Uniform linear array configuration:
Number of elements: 4
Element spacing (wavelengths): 0.5
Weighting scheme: cosine
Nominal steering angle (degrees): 15
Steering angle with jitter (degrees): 16.717
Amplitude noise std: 0.05
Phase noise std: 0.05

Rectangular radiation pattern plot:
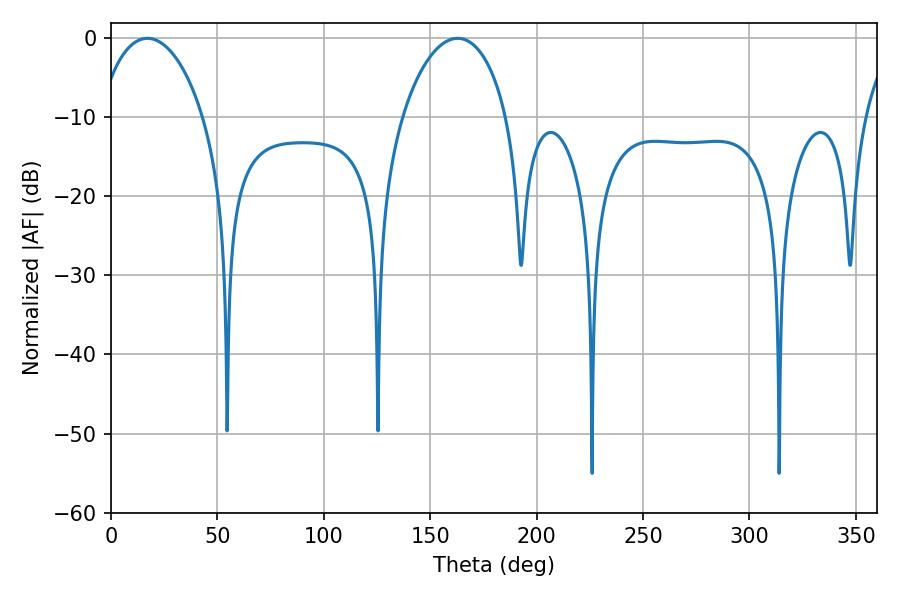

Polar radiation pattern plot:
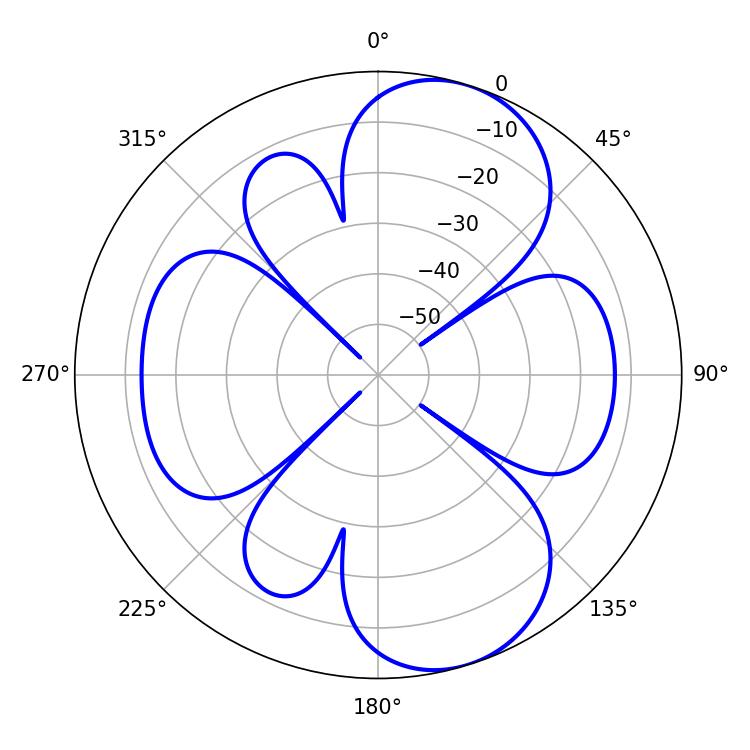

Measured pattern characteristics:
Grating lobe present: FALSE
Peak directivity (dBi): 8.548
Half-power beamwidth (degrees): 28.08
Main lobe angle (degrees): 17.1